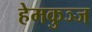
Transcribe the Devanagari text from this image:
हेमकुञ्ज